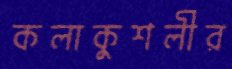
কলাকুশলীর